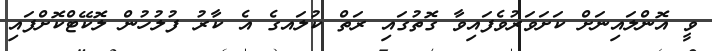
ވީ އޮންލައިނަށް ކަށަވަރުވެފައިވާ ގޮތުގައި ރަތް ކުލައގެ އެ ކާރު ފުލުހުން ލޮކޭޓްކޮށްފައި